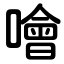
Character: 噲